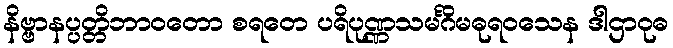
နိဗ္ဗာနပ္ပတ္တိဘာဝတော စရတေ ပရိပုဏ္ဏသမင်္ဂိမဓုရဝသေန ဒါဌာဝုဓ